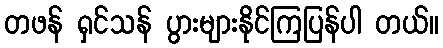
တဖန် ရှင်သန် ပွားများနိုင်ကြပြန်ပါ တယ်။